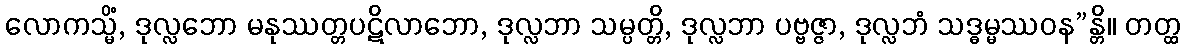
လောကသ္မိံ, ဒုလ္လဘော မနုဿတ္တပဋိလာဘော, ဒုလ္လဘာ သမ္ပတ္တိ, ဒုလ္လဘာ ပဗ္ဗဇ္ဇာ, ဒုလ္လဘံ သဒ္ဓမ္မဿဝန”န္တိ။ တတ္ထ